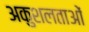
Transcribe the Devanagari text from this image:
अकुशलताओं